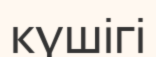
күшігі